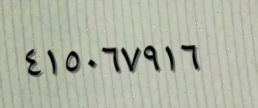
٤١٥٠٦٧٩١٦